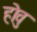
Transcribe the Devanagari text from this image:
होवु